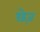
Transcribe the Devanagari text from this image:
छेज़